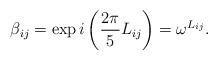
LaTeX: \begin{align*}\beta _{ij}=\exp i\left( \frac{2\pi }{5}L_{ij}\right) =\omega ^{L_{ij}}.\end{align*}